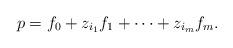
LaTeX: \begin{align*}p = f_0 + z_{i_1} f_1 + \cdots + z_{i_m} f_m.\end{align*}